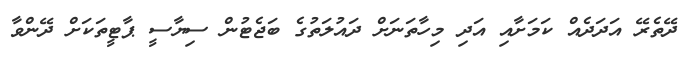
ދޭތެރޭ އަދަދެއް ކަމަށާއި އަދި މިހާތަނަށް ދައުލަތުގެ ބަޖެޓުން ސިޔާސީ ޕާޓީތަކަށް ދޭންވާ